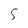
Character: 5